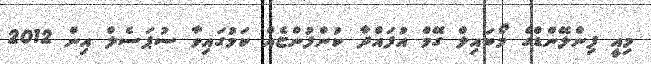
މިއީ ފިންލޭންޑްގެ މޯބައިލް ގޭމް އުފައްދާ ކުންފުންޏެއް ކަމުގައިވާ ސުޕަސެލް އިން 2012